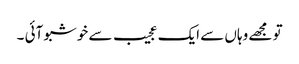
تو مجھے وہاں سے ایک عجیب سے خوشبو آئی ۔